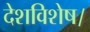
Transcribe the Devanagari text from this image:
देशविशेष।